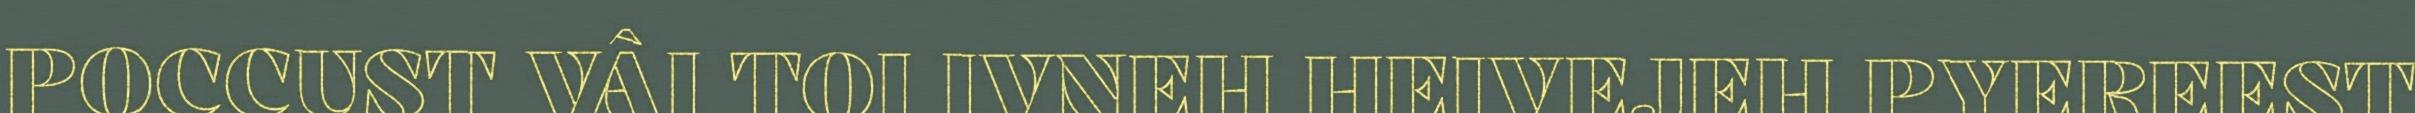
POCCUST VÂI TOI IVNEH HEIVEJEH PYEREEST